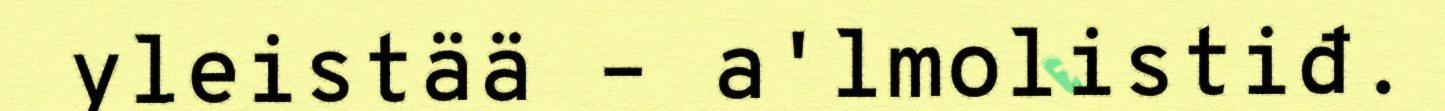
yleistää – a'lmolistiđ.